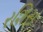
રશિસ